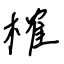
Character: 榷